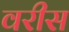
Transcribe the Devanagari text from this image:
वरीस